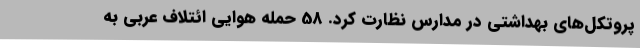
پروتکل‌های بهداشتی در مدارس نظارت کرد. 58 حمله هوایی ائتلاف عربی به